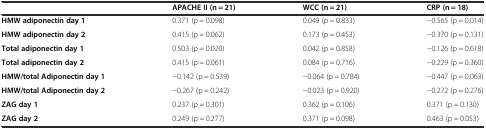
<table><thead><tr><td></td><td><b>APACHE II (n = 21)</b></td><td><b>WCC (n = 21)</b></td><td><b>CRP (n = 18)</b></td></tr></thead><tbody><tr><td><b>HMW adiponectin day 1</b></td><td>0.371 (p = 0.098)</td><td>0.049 (p = 0.833)</td><td>−0.565 (p = 0.014)</td></tr><tr><td><b>HMW adiponectin day 2</b></td><td>0.415 (p = 0.062)</td><td>0.173 (p = 0.453)</td><td>−0.370 (p = 0.131)</td></tr><tr><td><b>Total adiponectin day 1</b></td><td>0.503 (p = 0.020)</td><td>0.042 (p = 0.858)</td><td>−0.126 (p = 0.618)</td></tr><tr><td><b>Total adiponectin day 2</b></td><td>0.415 (p = 0.061)</td><td>0.084 (p = 0.716)</td><td>−0.229 (p = 0.360)</td></tr><tr><td><b>HMW/total Adiponectin day 1</b></td><td>−0.142 (p = 0.539)</td><td>−0.064 (p = 0.784)</td><td>−0.447 (p = 0.063)</td></tr><tr><td><b>HMW/total Adiponectin day 2</b></td><td>−0.267 (p = 0.242)</td><td>−0.023 (p = 0.920)</td><td>−0.272 (p = 0.276)</td></tr><tr><td><b>ZAG day 1</b></td><td>0.237 (p = 0.301)</td><td>0.362 (p = 0.106)</td><td>0.371 (p = 0.130)</td></tr><tr><td><b>ZAG day 2</b></td><td>0.249 (p = 0.277)</td><td>0.371 (p = 0.098)</td><td>0.463 (p = 0.053)</td></tr></tbody></table>